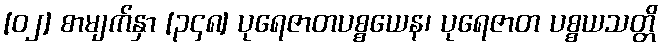
[၀၂] စာမျက်နှာ [၃၄၈] ပုရေဇာတပစ္စယေန၊ ပုရေဇာတ ပစ္စယသတ္တိ